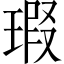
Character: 瑕